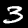
Digit: 3